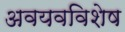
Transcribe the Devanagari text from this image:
अवयवविशेष